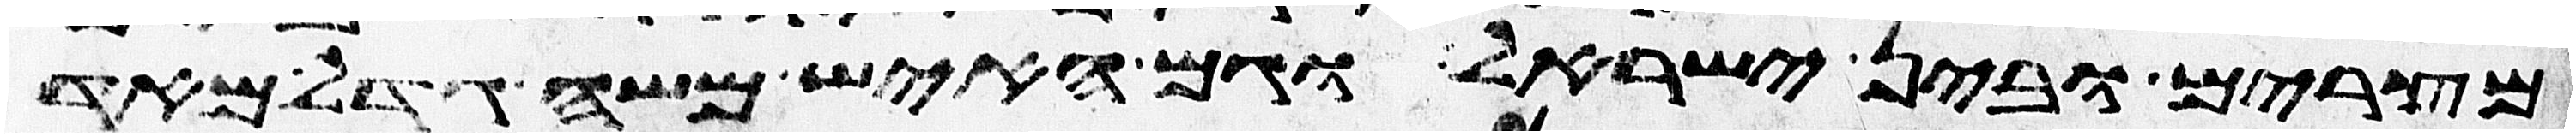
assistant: מצרים ובין ישראל וגם האיש משה גדל מאד